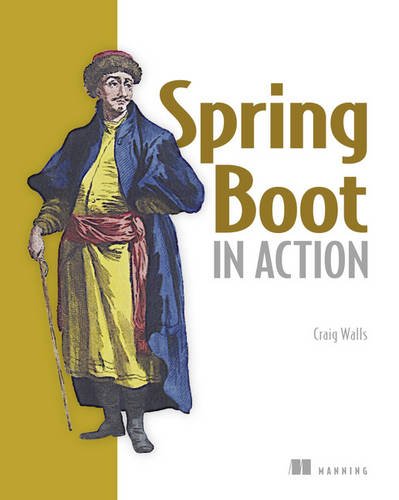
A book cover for Spring Boot in Action; Craig Walls; Computers & Technology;